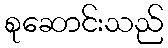
စုဆောင်းသည်